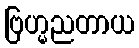
ဗြဟ္မညတာယ